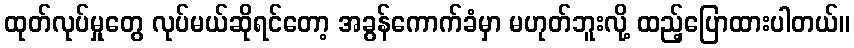
ထုတ်လုပ်မှုတွေ လုပ်မယ်ဆိုရင်တော့ အခွန်ကောက်ခံမှာ မဟုတ်ဘူးလို့ ထည့်ပြောထားပါတယ်။